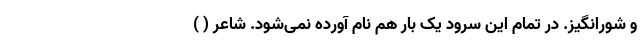
و شورانگیز. در تمام این سرود یک بار هم نام آورده نمی‌شود. شاعر ( )